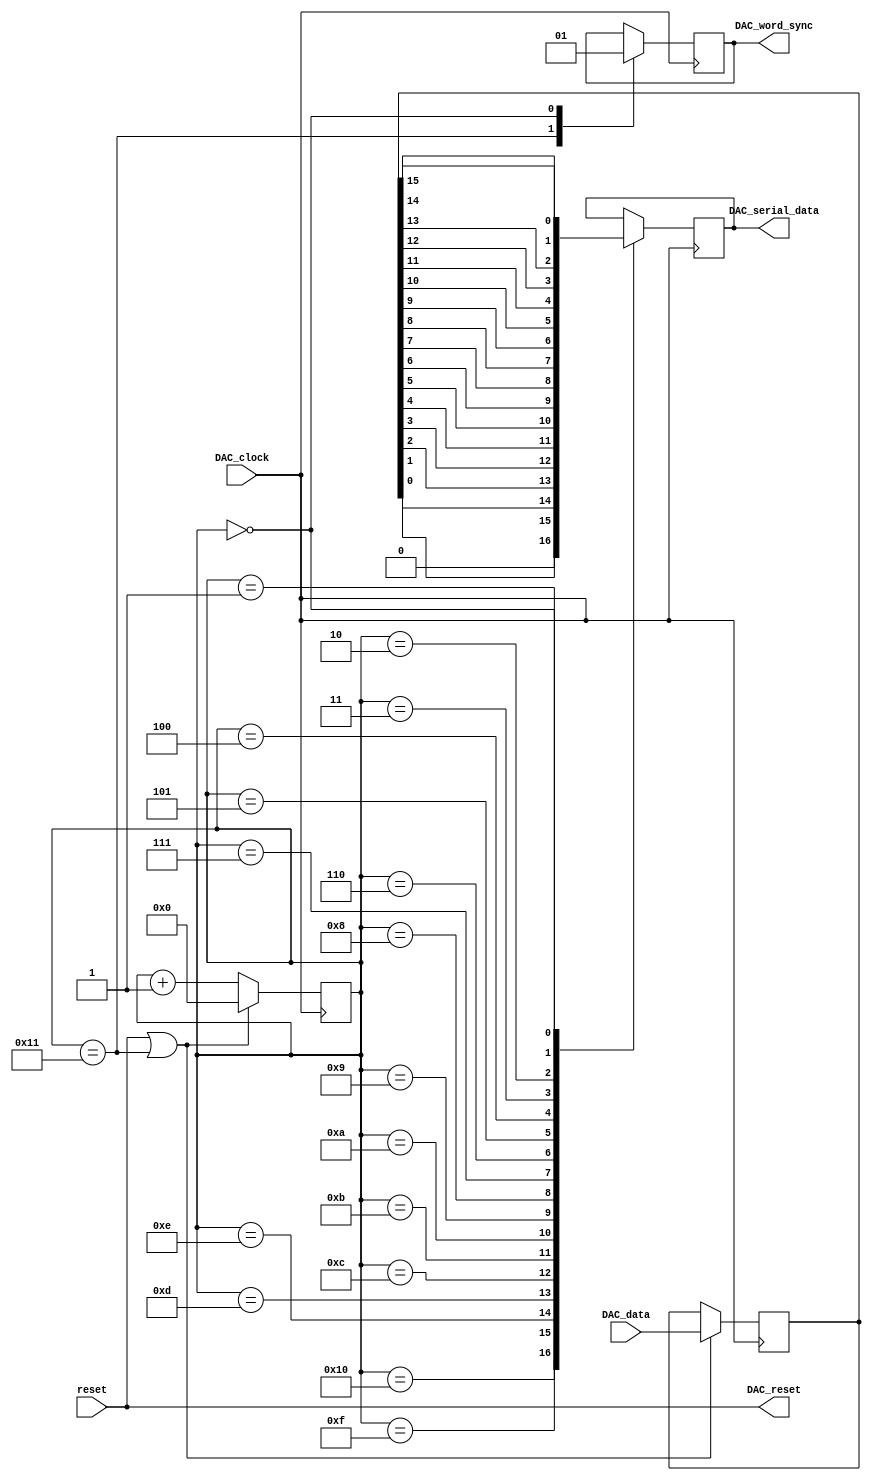
//////////////////////////////////////////////////////////////////////////////////////////////////////////////
// Company: INSTITUTO DOS PLASMAS E FUSAO NUCLEAR
//
// Project Name:   JET PLASMA VS CONTROLLER
// Design Name:    ATCA-GPIO-CONTROL FIRMWARE
// Module Name:    DAC
// Target Devices: XC4VFX60-11FF1152 or XC4VFX100-11FF1152
//
// Revision: 
//
//////////////////////////////////////////////////////////////////////////////////////////////////////////////

`timescale 1ns / 1ps

module DAC (
input reset,
input [15:0] DAC_data,
input DAC_clock,
output reg DAC_serial_data,
output reg DAC_word_sync,  
output DAC_reset                                                                    				                                                             				
);

assign DAC_reset = reset;

reg [4:0] counter = 0;
reg [15:0] DAC_data_reg;
always @ (posedge DAC_clock)
begin
 if((reset == 1) || (counter == 17))
  begin
	DAC_data_reg <= DAC_data;
	counter <= 0;
  end
 else
  counter <= counter + 1;
end  
  
always @ (posedge DAC_clock)  
begin
	case(counter)
	 17 : DAC_word_sync <= 0;
	 16 : DAC_serial_data <= 0;
	 15 : DAC_serial_data <= DAC_data_reg[0];
	 14 : DAC_serial_data <= DAC_data_reg[1];
	 13 : DAC_serial_data <= DAC_data_reg[2];
	 12 : DAC_serial_data <= DAC_data_reg[3];
	 11 : DAC_serial_data <= DAC_data_reg[4];
	 10 : DAC_serial_data <= DAC_data_reg[5];
	  9 : DAC_serial_data <= DAC_data_reg[6];
	  8 : DAC_serial_data <= DAC_data_reg[7];
	  7 : DAC_serial_data <= DAC_data_reg[8];
	  6 : DAC_serial_data <= DAC_data_reg[9];
	  5 : DAC_serial_data <= DAC_data_reg[10];
	  4 : DAC_serial_data <= DAC_data_reg[11];
	  3 : DAC_serial_data <= DAC_data_reg[12];
	  2 : DAC_serial_data <= DAC_data_reg[13];
	  1 : DAC_serial_data <= DAC_data_reg[14];
	  0 : begin
	       DAC_word_sync <= 1;
	       DAC_serial_data <= DAC_data_reg[15];
			end 
	endcase
end

endmodule